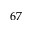
6 7